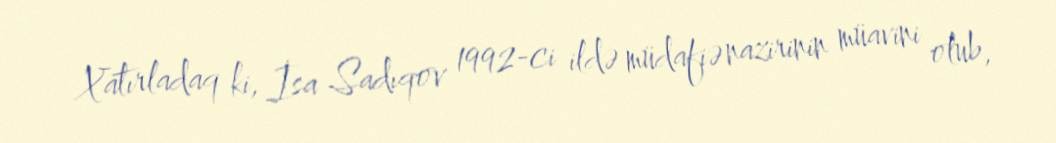
Xatırladaq ki, İsa Sadıqov 1992-ci ildə müdafiə nazirinin müavini olub,